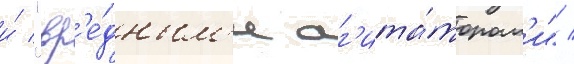
и́ "вр'е́дным'и аг'ита́торам'и" /